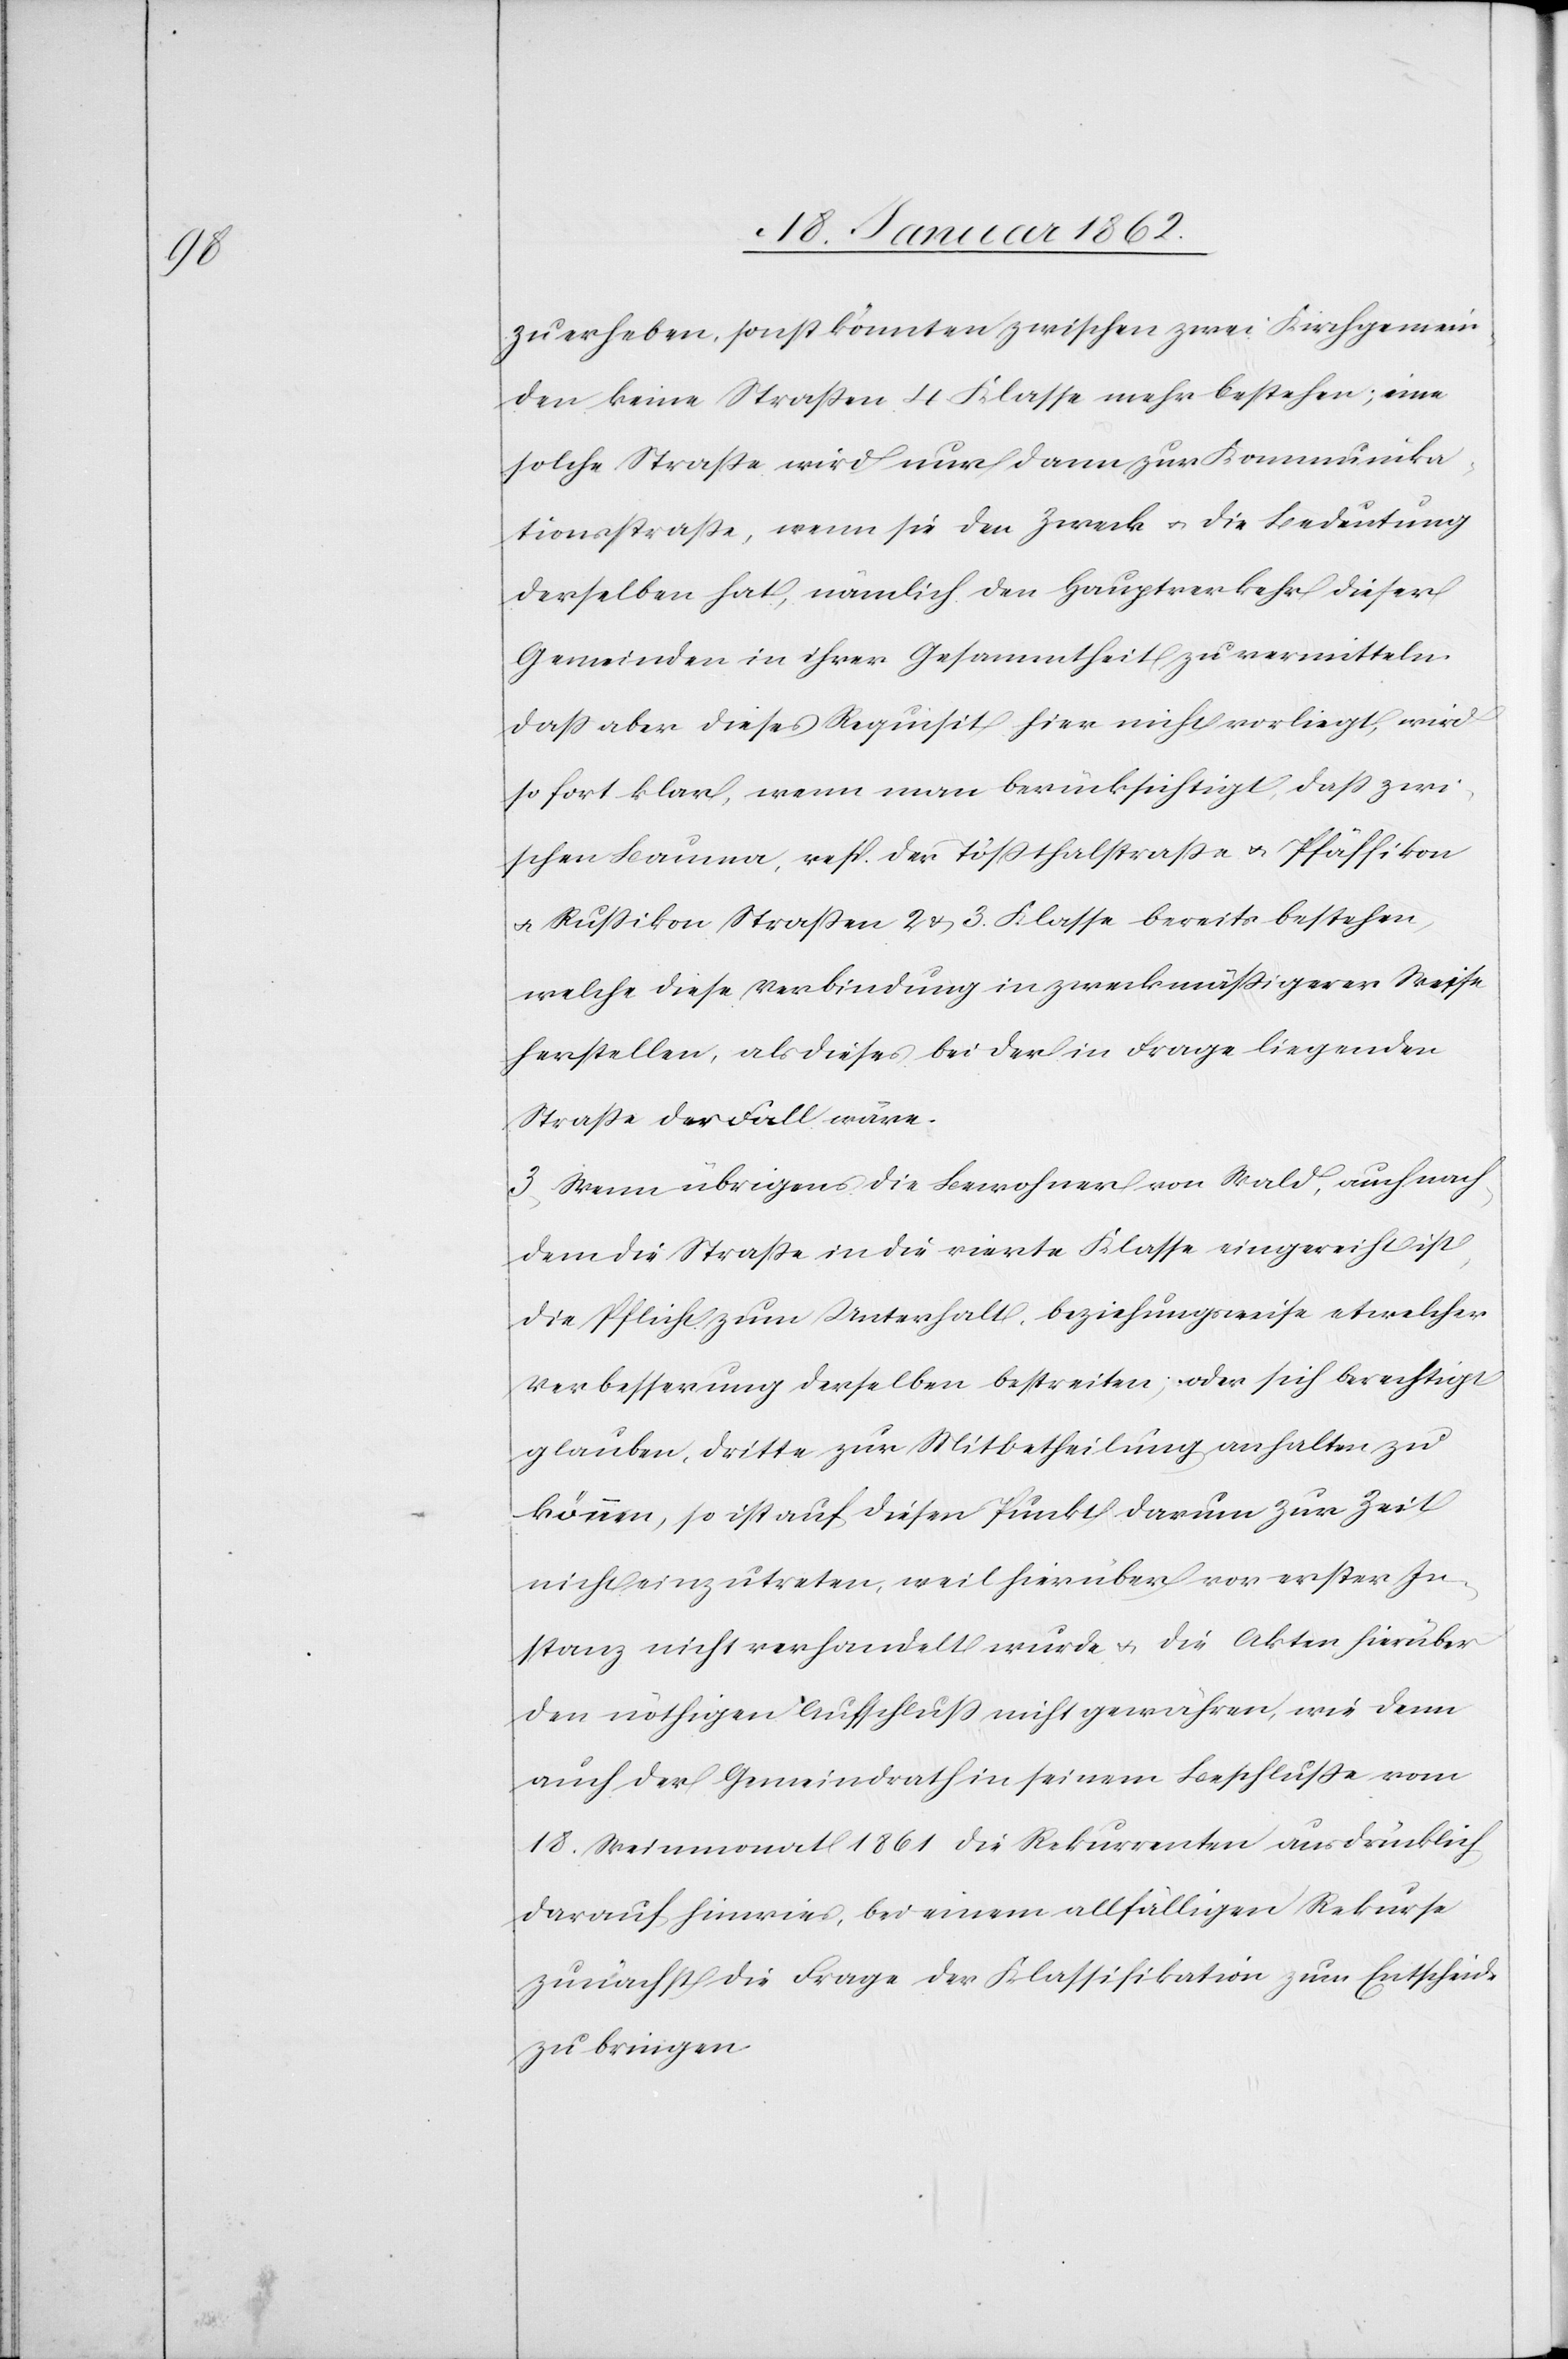
zu erheben, sonst könnten zwischen zwei Kirchgemein¬
den keine Straßen 4. Klasse mehr bestehen; eine
solche Straße wird nur dann zur Kommunika¬
tionsstraße, wenn sie den Zweck u. die Bedeutung
derselben hat, nämlich den Hauptverkehr dieser
Gemeinden in ihrer Gesammtheit zu vermitteln.
Daß aber dieses Requisit hier nicht vorliegt, wird
sofort klar, wenn man berücksichtigt, daß zwi¬
schen Bauma, resp. der Tößthalstraße u. Pfäffikon
u. Rußikon Straßen 2 & 3. Klasse bereits bestehen,
welche diese Verbindung in zweckmäßigerer Weise
herstellen, als dieses bei der in Frage liegenden
Straße der Fall wäre.
3) Wenn übrigens die Bewohner von Wald, auch nach¬
dem die Straße in die vierte Klasse eingereiht ist,
die Pflicht zum Unterhalt beziehungsweise etwelcher
Verbesserung derselben bestreiten; oder sich berechtigt
glauben, dritte zur Mitbetheilung anhalten zu
können, so ist auf diesen Punkt darum zur Zeit
nicht einzutreten, weil hierüber vor erster In¬
stanz nicht verhandelt wurde u. die Akten hierüber
den nöthigen Aufschluß nicht gewähren, wie denn
auch der Gemeindrath in seinem Beschluße vom
18. Weinmonath 1861 die Rekurrenten ausdrücklich
darauf hinwies, bei einem allfälligen Rekurse
zunächst die Frage der Klassifikation zum Entscheid
zu bringen.